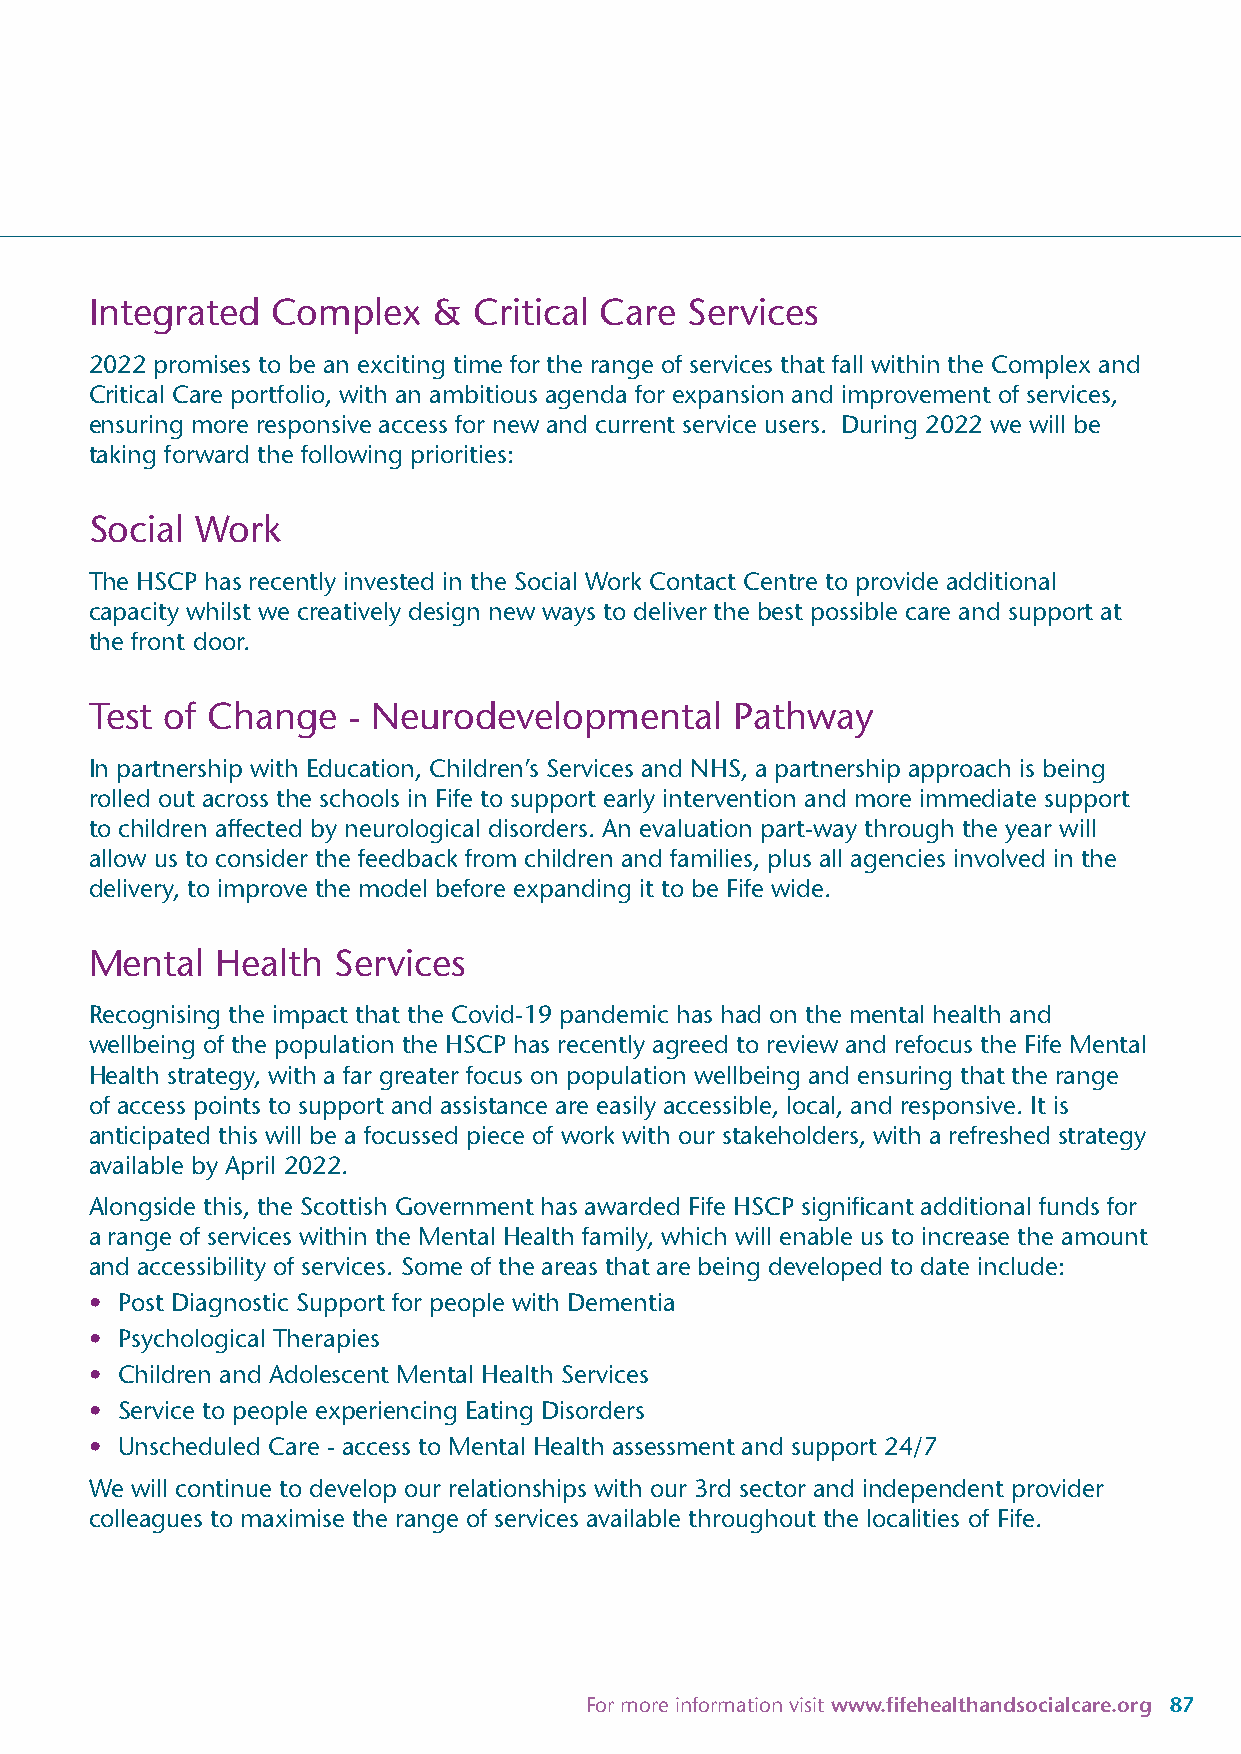
Integrated  Complex    & Critical Care  Services
 2022 promises to be an exciting time for the range of services that fall within the Complex and
 Critical Care portfolio, with an ambitious agenda for expansion and improvement of services,
 ensuring more responsive access for new and current service users. During 2022 we will be
 taking forward the following priorities:
 Social Work
 The HSCP has recently invested in the Social Work Contact Centre to provide additional
 capacity whilst we creatively design new ways to deliver the best possible care and support at
 the front door.
 Test of Change   - Neurodevelopmental      Pathway
 In partnership with Education, Children’s Services and NHS, a partnership approach is being
 rolled out across the schools in Fife to support early intervention and more immediate support
 to children affected by neurological disorders. An evaluation part-way through the year will
 allow us to consider the feedback from children and families, plus all agencies involved in the
 delivery, to improve the model before expanding it to be Fife wide.
 Mental  Health  Services
 Recognising the impact that the Covid-19 pandemic has had on the mental health and
 wellbeing of the population the HSCP has recently agreed to review and refocus the Fife Mental
 Health strategy, with a far greater focus on population wellbeing and ensuring that the range
 of access points to support and assistance are easily accessible, local, and responsive. It is
 anticipated this will be a focussed piece of work with our stakeholders, with a refreshed strategy
 available by April 2022.
 Alongside this, the Scottish Government has awarded Fife HSCP significant additional funds for
 a range of services within the Mental Health family, which will enable us to increase the amount
 and accessibility of services. Some of the areas that are being developed to date include:
 • Post Diagnostic Support for people with Dementia
 • Psychological Therapies
 • Children and Adolescent Mental Health Services
 • Service to people experiencing Eating Disorders
 • Unscheduled Care - access to Mental Health assessment and support 24/7
 We will continue to develop our relationships with our 3rd sector and independent provider
 colleagues to maximise the range of services available throughout the localities of Fife.
 For more information visit www.fifehealthandsocialcare.org 87